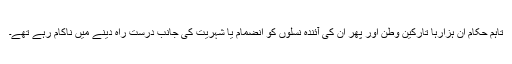
تاہم حکام ان ہزارہا تارکين وطن اور پھر ان کی آئندہ نسلوں کو انضمام يا شہريت کی جانب درست راہ دينے ميں ناکام رہے تھے۔